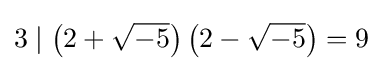
3\mid \left(2+{\sqrt {-5}}\right)\left(2-{\sqrt {-5}}\right)=9